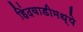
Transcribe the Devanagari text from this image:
हिंदवाडीमध्ये